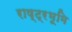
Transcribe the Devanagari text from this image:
राष्ट्रभूमि